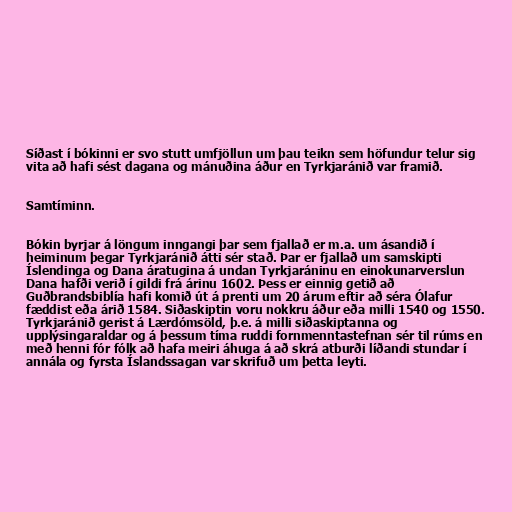
Síðast í bókinni er svo stutt umfjöllun um þau teikn sem höfundur telur sig
vita að hafi sést dagana og mánuðina áður en Tyrkjaránið var framið.

Samtíminn.

Bókin byrjar á löngum inngangi þar sem fjallað er m.a. um ásandið í
heiminum þegar Tyrkjaránið átti sér stað. Þar er fjallað um samskipti
Íslendinga og Dana áratugina á undan Tyrkjaráninu en einokunarverslun
Dana hafði verið í gildi frá árinu 1602. Þess er einnig getið að
Guðbrandsbiblía hafi komið út á prenti um 20 árum eftir að séra Ólafur
fæddist eða árið 1584. Siðaskiptin voru nokkru áður eða milli 1540 og 1550.
Tyrkjaránið gerist á Lærdómsöld, þ.e. á milli siðaskiptanna og
upplýsingaraldar og á þessum tíma ruddi fornmenntastefnan sér til rúms en
með henni fór fólk að hafa meiri áhuga á að skrá atburði líðandi stundar í
annála og fyrsta Íslandssagan var skrifuð um þetta leyti.